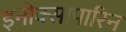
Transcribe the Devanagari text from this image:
इनोक्सापारिन